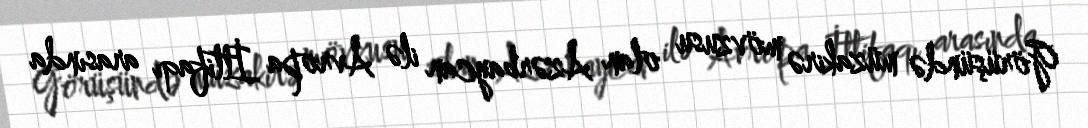
Görüşündə müzakirə mövzusu olan Azərbaycan ilə Avropa İttifaqı arasında